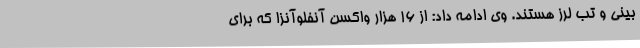
بینی و تب لرز هستند. وی ادامه داد: از 16 هزار واکسن آنفلوآنزا که برای